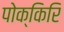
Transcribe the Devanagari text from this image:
पोक्किरि